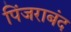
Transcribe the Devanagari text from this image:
पिंजराबंद